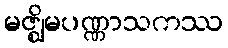
မဇ္ဈိမပဏ္ဏာသကဿ